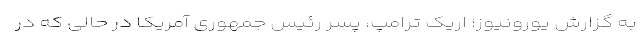
به گزارش یورونیوز؛ اریک ترامپ، پسر رئیس جمهوری آمریکا در حالی که در